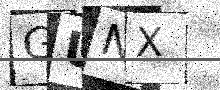
Text: GUNX